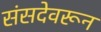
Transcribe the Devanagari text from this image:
संसदेवरून